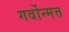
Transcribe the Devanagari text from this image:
गर्वोन्मत्त